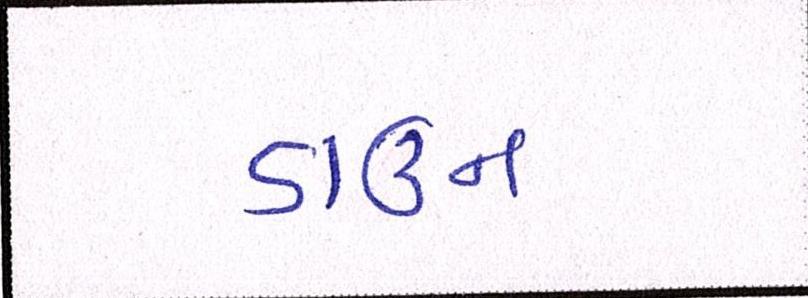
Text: ડાઉન